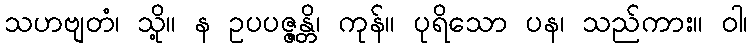
သဟဗျတံ၊ သို့။ န ဥပပဇ္ဇန္တိ၊ ကုန်။ ပုရိသော ပန၊ သည်ကား။ ဝါ၊